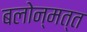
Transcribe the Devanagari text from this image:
बलोन्मत्त